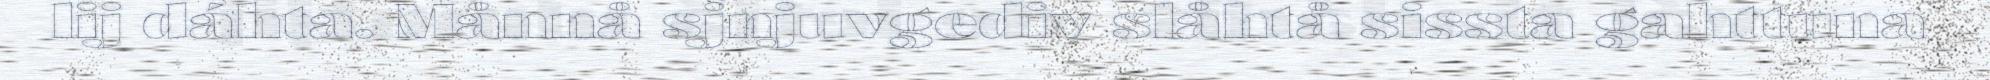
lij dáhta. Månnå sjnjuvgediv slåhtå sissta gahttuna